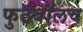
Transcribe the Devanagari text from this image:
फुटबाॅलच